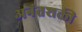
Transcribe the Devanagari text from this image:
अनंतशक्ती